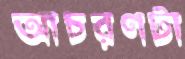
আচরণটা